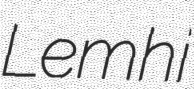
Lemhi